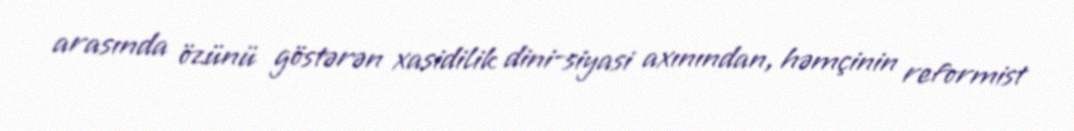
arasında özünü göstərən xasidilik dini-siyasi axınından, həmçinin reformist